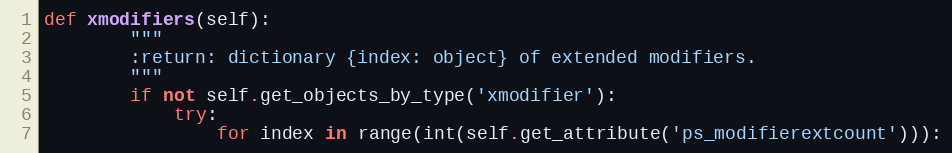
Language: Python
def xmodifiers(self):
        """
        :return: dictionary {index: object} of extended modifiers.
        """
        if not self.get_objects_by_type('xmodifier'):
            try:
                for index in range(int(self.get_attribute('ps_modifierextcount'))):